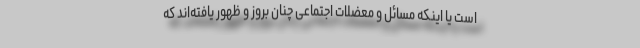
است یا اینکه مسائل و معضلات اجتماعی چنان بروز و ظهور یافته‌اند که